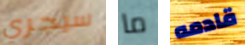
سيجري ما قادمه